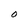
Character: O